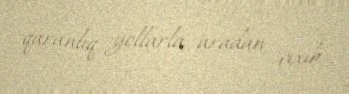
qaranlıq yollarla aradan çıxıb.